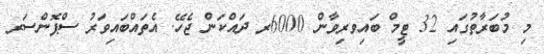
މި މުބަރާތުގައި 32 ޓީމް ބައިވރިވާން 6000ރ ދައްކަން ޖެހޭ. އެތައްބައިވަރު ސްޕޮންސަރ